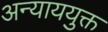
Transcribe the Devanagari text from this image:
अन्याययुक्त